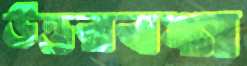
উত্তরবঙ্গ